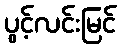
ပွင့်လင်းမြင်